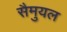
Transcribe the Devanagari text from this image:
सैमुयल